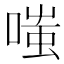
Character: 嗤